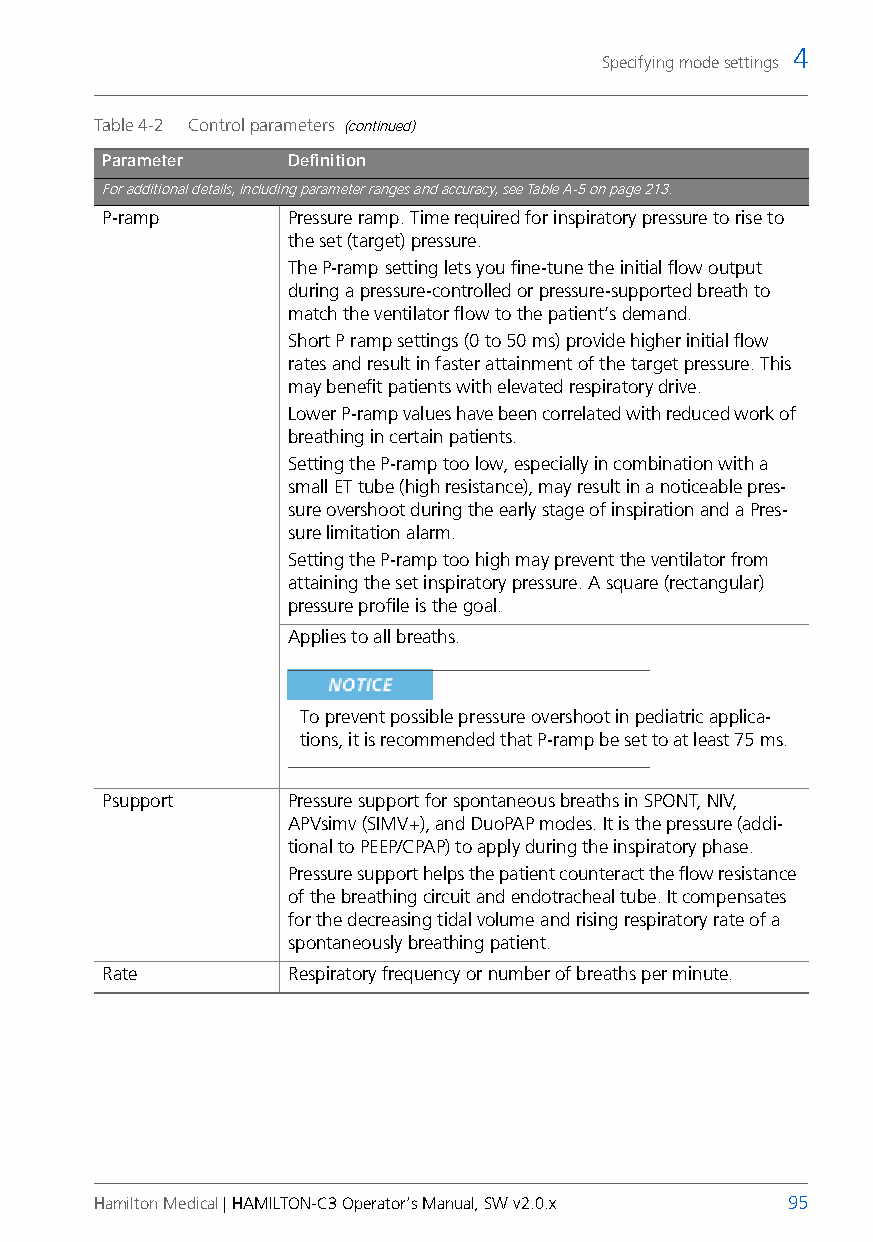
4
 Specifying mode settings
 Table 4-2 Control parameters (continued)
 Parameter   Definition
 For additional details, including parameter ranges and accuracy, see Table A-5 on page213.
 P-ramp      Pressure ramp. Time required for inspiratory pressure to rise to
 the set (target) pressure.
 The P-ramp setting lets you fine-tune the initial flow output
 during a pressure-controlled or pressure-supported breath to
 match the ventilator flow to the patient’s demand.
 Short Pramp settings (0 to 50ms) provide higher initial flow
 rates and result in faster attainment of the target pressure. This
 may benefit patients with elevated respiratory drive.
 Lower P-ramp values have been correlated with reduced work of
 breathing in certain patients.
 Setting the P-ramp too low, especially in combination with a
 small ET tube (high resistance), may result in a noticeable pres-
 sure overshoot during the early stage of inspiration and a Pres-
 sure limitation alarm.
 Setting the P-ramp too high may prevent the ventilator from
 attaining the set inspiratory pressure. Asquare (rectangular)
 pressure profile is the goal.
 Applies to all breaths.
 To prevent possible pressure overshoot in pediatric applica-
 tions, it is recommended that P-ramp be set to at least 75ms.
 Psupport    Pressure support for spontaneous breaths in SPONT, NIV,
 APVsimv (SIMV+), and DuoPAP modes. It is the pressure (addi-
 tional to PEEP/CPAP) to apply during the inspiratory phase.
 Pressure support helps the patient counteract the flow resistance
 of the breathing circuit and endotracheal tube. It compensates
 for the decreasing tidal volumeand rising respiratory rate of a
 spontaneously breathing patient.
 Rate        Respiratory frequency or number of breaths per minute.
 Hamilton Medical | HAMILTON-C3 Operator’s Manual, SW v2.0.x 95